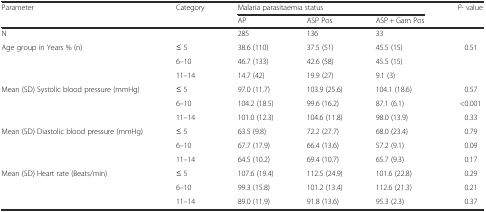
<table><thead><tr><td rowspan="2"><b>Parameter</b></td><td rowspan="2"><b>Category</b></td><td colspan="3"><b>Malaria parasitaemia status</b></td><td rowspan="2"><b><i>P</i>- value</b></td></tr><tr><td><b>AP</b></td><td><b>ASP Pos</b></td><td><b>ASP + Gam Pos</b></td></tr></thead><tbody><tr><td colspan="2">N</td><td>285</td><td>136</td><td>33</td><td></td></tr><tr><td rowspan="3">Age group in Years % (n)</td><td>≤ 5</td><td>38.6 (110)</td><td>37.5 (51)</td><td>45.5 (15)</td><td rowspan="3">0.51</td></tr><tr><td>6–10</td><td>46.7 (133)</td><td>42.6 (58)</td><td>45.5 (15)</td></tr><tr><td>11–14</td><td>14.7 (42)</td><td>19.9 (27)</td><td>9.1 (3)</td></tr><tr><td rowspan="3">Mean (SD) Systolic blood pressure (mmHg)</td><td>≤ 5</td><td>97.0 (11.7)</td><td>103.9 (25.6)</td><td>104.1 (18.6)</td><td>0.57</td></tr><tr><td>6–10</td><td>104.2 (18.5)</td><td>99.6 (16.2)</td><td>87.1 (6.1)</td><td>&lt;0.001</td></tr><tr><td>11–14</td><td>101.0 (12.3)</td><td>104.6 (11.8)</td><td>98.0 (13.9)</td><td>0.33</td></tr><tr><td rowspan="3">Mean (SD) Diastolic blood pressure (mmHg)</td><td>≤ 5</td><td>63.5 (9.8)</td><td>72.2 (27.7)</td><td>68.0 (23.4)</td><td>0.79</td></tr><tr><td>6–10</td><td>67.7 (17.9)</td><td>66.4 (13.6)</td><td>57.2 (9.1)</td><td>0.09</td></tr><tr><td>11–14</td><td>64.5 (10.2)</td><td>69.4 (10.7)</td><td>65.7 (9.3)</td><td>0.17</td></tr><tr><td rowspan="3">Mean (SD) Heart rate (Beats/min)</td><td>≤ 5</td><td>107.6 (19.4)</td><td>112.5 (24.9)</td><td>101.6 (22.8)</td><td>0.29</td></tr><tr><td>6–10</td><td>99.3 (15.8)</td><td>101.2 (13.4)</td><td>112.6 (21.3)</td><td>0.21</td></tr><tr><td>11–14</td><td>89.0 (11.9)</td><td>91.8 (13.6)</td><td>95.3 (2.3)</td><td>0.37</td></tr></tbody></table>